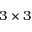
3 \times 3